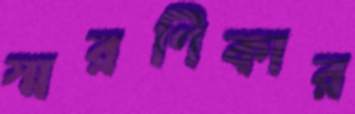
স্মরণিকার